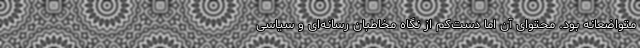
متواضعانه بود. محتوای آن اما دست‌کم از نگاه مخاطبان رسانه‌ای و سیاسی